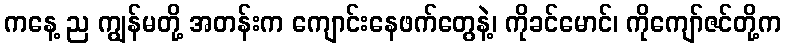
ကနေ့ ည ကျွန်မတို့ အတန်းက ကျောင်းနေဖက်တွေနဲ့၊ ကိုခင်မောင်၊ ကိုကျော်ဇင်တို့က